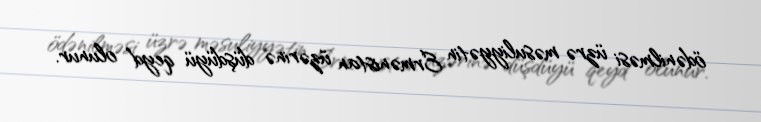
ödənilməsi üzrə məsuliyyətin Ermənistan üzərinə düşdüyü qeyd olunur.